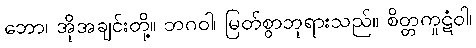
ဘော၊ အိုအချင်းတို့။ ဘဂဝါ၊ မြတ်စွာဘုရားသည်။ စိတ္တကူဋံဝါ၊